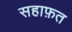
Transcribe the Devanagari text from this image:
सहाफ़त